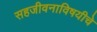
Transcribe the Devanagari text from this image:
सहजीवनाविषयीचे